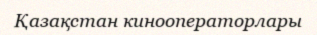
Қазақстан кинооператорлары